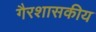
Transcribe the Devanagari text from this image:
गैरशासकीय